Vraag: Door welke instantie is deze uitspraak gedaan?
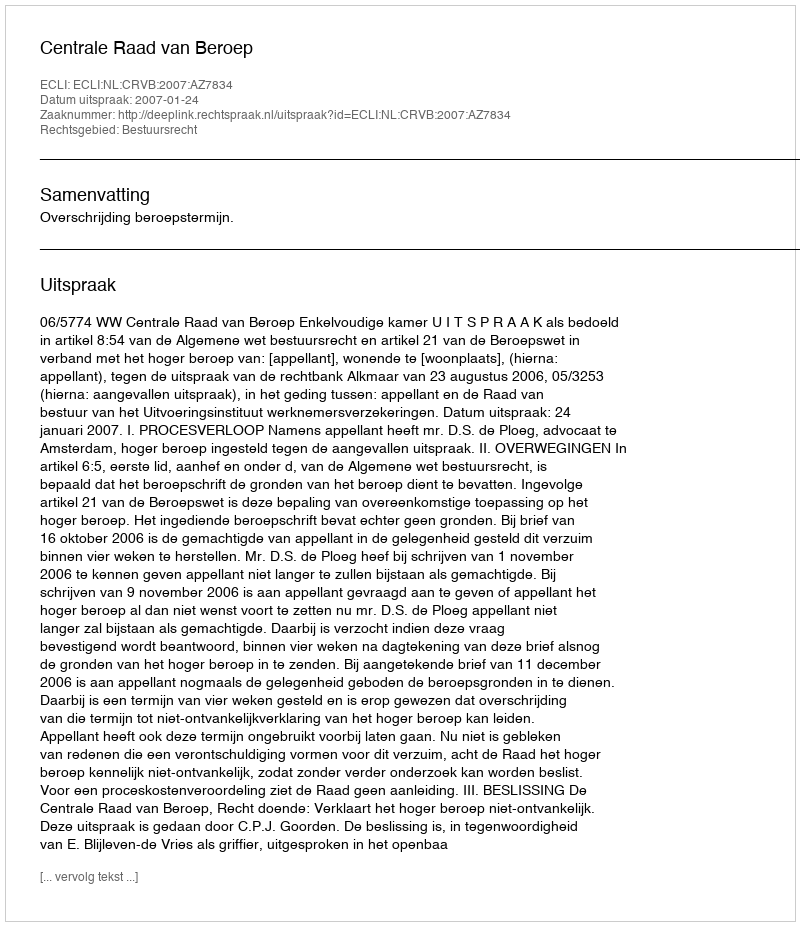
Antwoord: Centrale Raad van Beroep